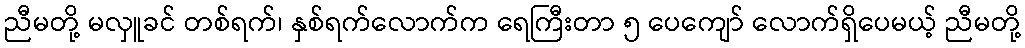
ညီမတို့ မလှူခင် တစ်ရက်၊ နှစ်ရက်လောက်က ရေကြီးတာ ၅ ပေကျော် လောက်ရှိပေမယ့် ညီမတို့